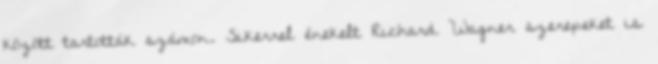
között tartották számon. Sikerrel énekelt Richard Wagner szerepeket is